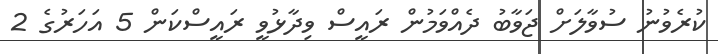
ކުރެވުނު ސުވާލަށް ޖަވާބު ދެއްވަމުން ރައީސް ވިދާޅުވީ ރައީސްކަން 5 އަހަރުގެ 2